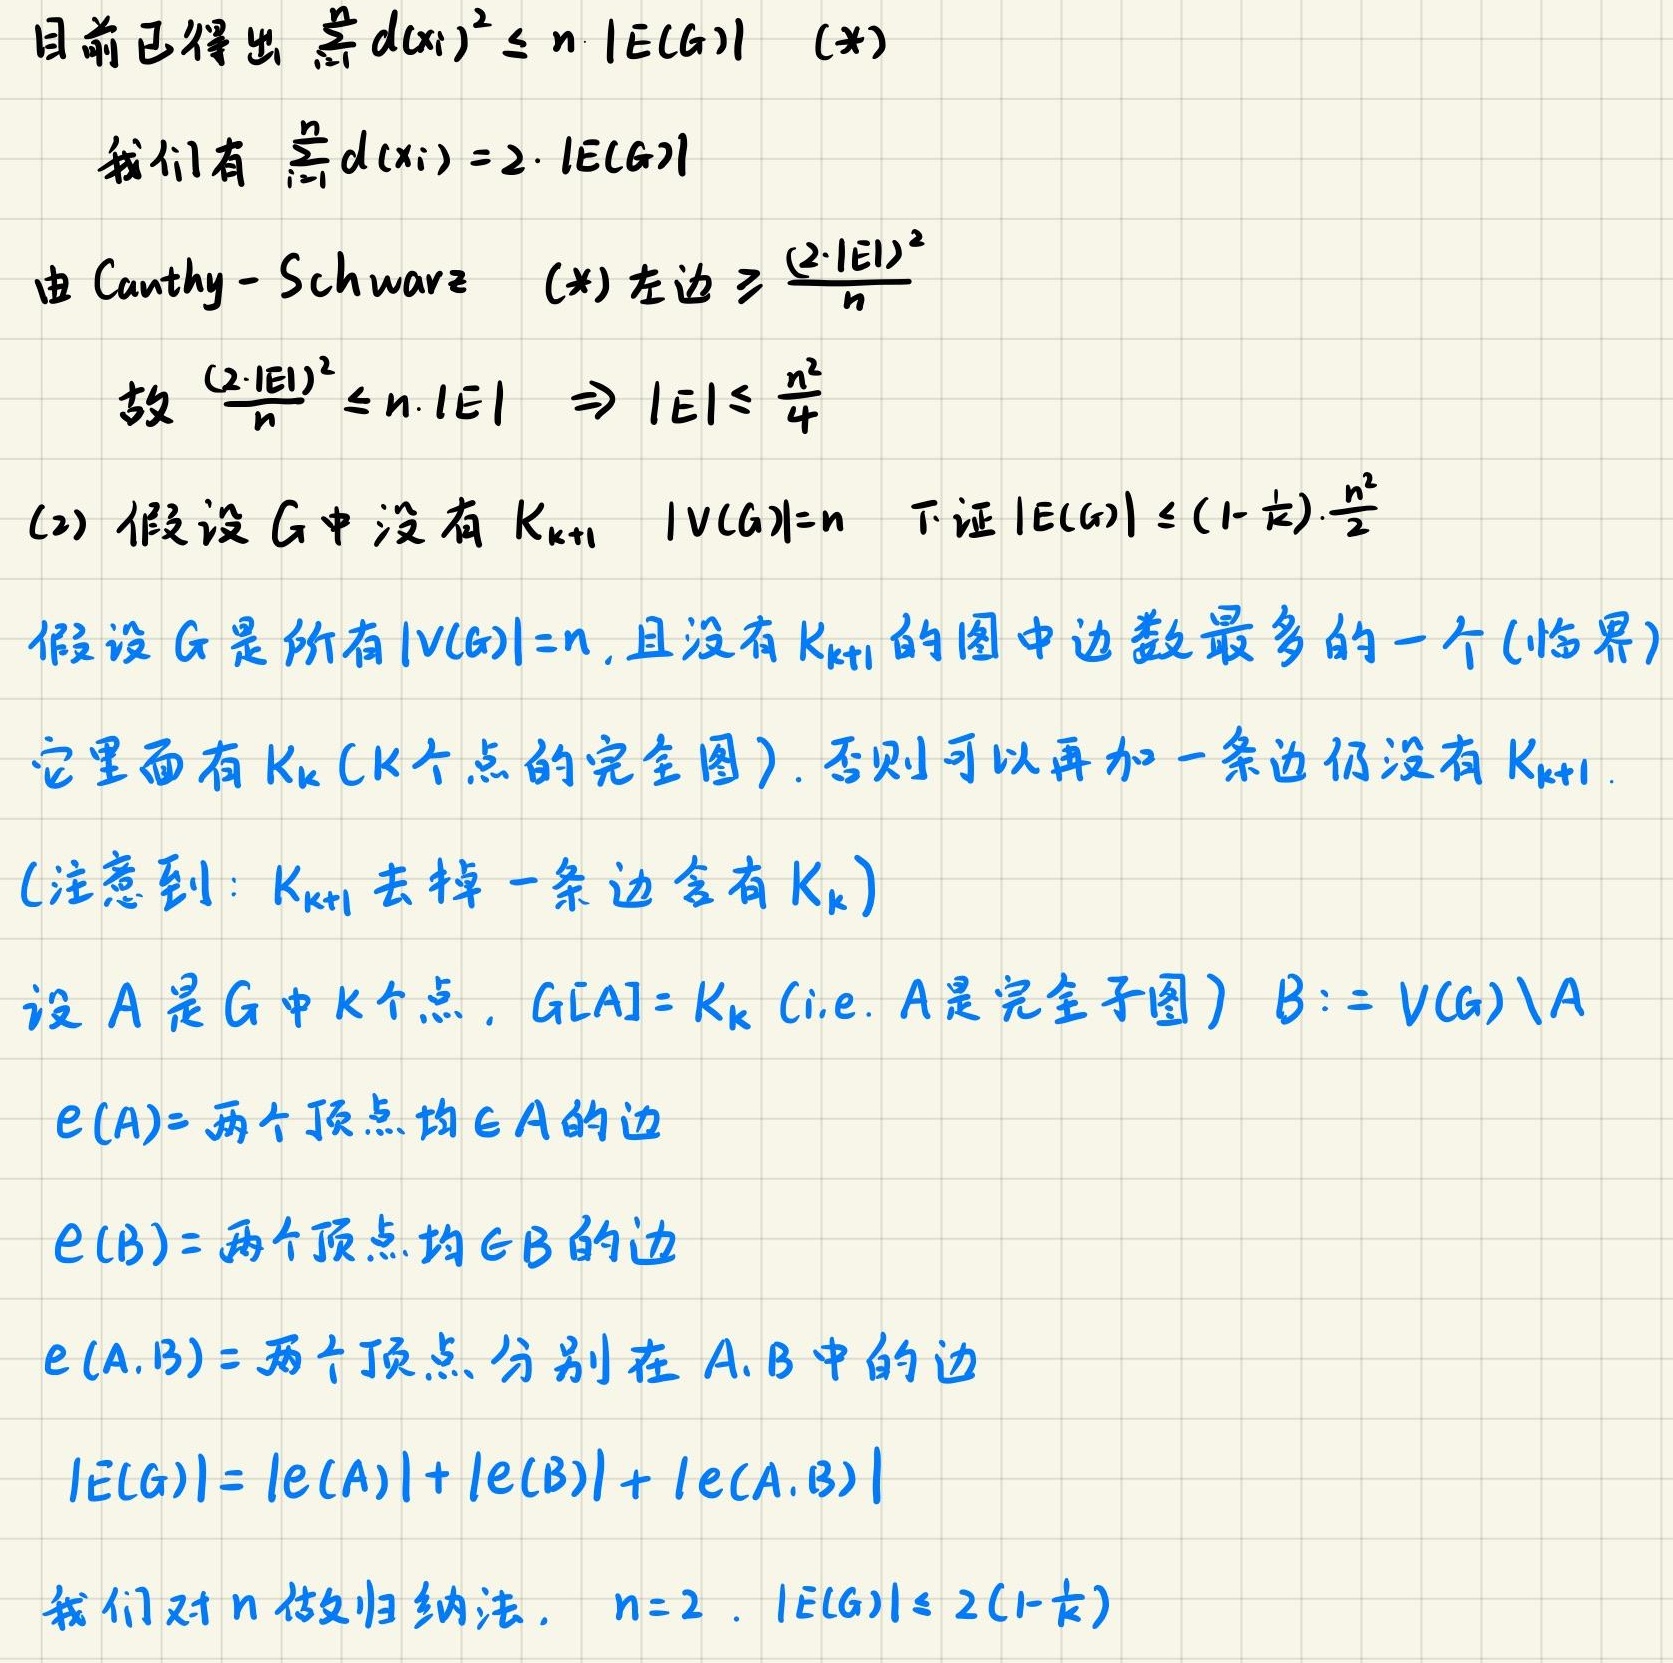
目前已得出 $\sum_{i = 1}^{n} d(x_i)^2 \leq n|E(G)|$ (*)

我们有 $\sum_{i = 1}^{n} d(x_i)=2\cdot|E(G)|$

由 Cauchy - Schwarz (*) 左边 $\geq \frac{(2\cdot|E|)^2}{n}$

故 $\frac{(2\cdot|E|)^2}{n}\leq n\cdot|E|\Rightarrow|E|\leq\frac{n^2}{4}$

(2) 假设 $G$ 中没有 $K_{k + 1}$ $|V(G)| = n$ 下证 $|E(G)|\leq(1-\frac{1}{k})\cdot\frac{n^2}{2}$

假设 $G$ 是所有 $|V(G)| = n$, 且没有 $K_{k + 1}$ 的图中边数最多的一个 (临界)

它里面有 $K_{k}$ ($k$ 个点的完全图). 否则可以再加一条边仍没有 $K_{k + 1}$.

(注意到: $K_{k + 1}$ 去掉一条边含有 $K_{k}$)

设 $A$ 是 $G$ 中 $k$ 个点, $G[A]=K_{k}$ (i.e. $A$ 是完全子图) $B:=V(G)\setminus A$

$e(A)=$ 两个顶点均 $\in A$ 的边

$e(B)=$ 两个顶点均 $\in B$ 的边

$e(A,B)=$ 两个顶点分别在 $A,B$ 中的边

$|E(G)| = |e(A)|+|e(B)|+|e(A,B)|$

我们对 $n$ 做归纳法. $n = 2$. $|E(G)|\leq2(1-\frac{1}{k})$